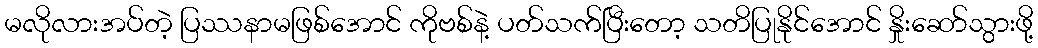
မလိုလားအပ်တဲ့ ပြဿနာမဖြစ်အောင် ကိုဗစ်နဲ့ ပတ်သက်ပြီးတော့ သတိပြုနိုင်အောင် နှိုးဆော်သွားဖို့